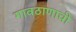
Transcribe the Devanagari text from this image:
गावठाणाची